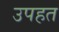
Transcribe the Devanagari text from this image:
उपहत